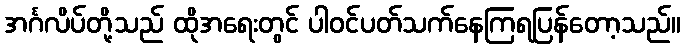
အင်္ဂလိပ်တို့သည် ထိုအရေးတွင် ပါဝင်ပတ်သက်နေကြရပြန်တော့သည်။